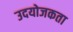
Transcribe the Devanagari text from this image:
उदयोजकता